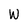
Character: W